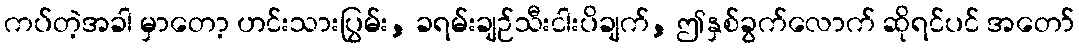
ကပ်တဲ့အခါ မှာတော့ ဟင်းသားပြွမ်း, ခရမ်းချဉ်သီးငါးပိချက်, ဤနှစ်ခွက်လောက် ဆိုရင်ပင် အတော်